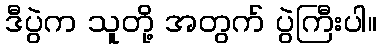
ဒီပွဲက သူတို့ အတွက် ပွဲကြီးပါ။